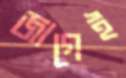
জাগেই